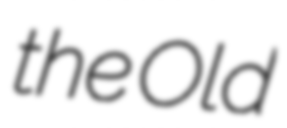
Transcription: the Old